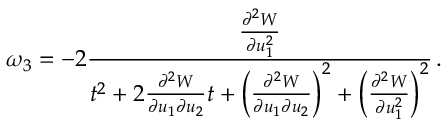
\omega _ { 3 } = - 2 \frac { \frac { \partial ^ { 2 } W } { \partial u _ { 1 } ^ { 2 } } } { t ^ { 2 } + 2 \frac { \partial ^ { 2 } W } { \partial u _ { 1 } \partial u _ { 2 } } t + \left( \frac { \partial ^ { 2 } W } { \partial u _ { 1 } \partial u _ { 2 } } \right) ^ { 2 } + \left( \frac { \partial ^ { 2 } W } { \partial u _ { 1 } ^ { 2 } } \right) ^ { 2 } } \, .